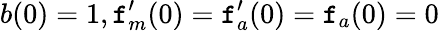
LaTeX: b(0)=1,\mathtt{f}_{m}^{\prime}(0)=\mathtt{f}_{a}^{\prime}(0)=\mathtt{f}_{a}(0)=0